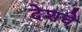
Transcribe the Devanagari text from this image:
देशचे